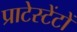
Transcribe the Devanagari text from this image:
प्राटेस्टेंटों